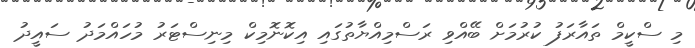
މި ސްކީމް ތައާރަފު ކުުރުމަށް ބޭއްވި ރަސްމިއްޔާތުގައި އިކޮނޮމިކް މިނިސްޓަރު މުހައްމަދު ސައީދު